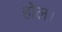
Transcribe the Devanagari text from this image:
होल।